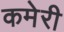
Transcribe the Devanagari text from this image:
कमेरी